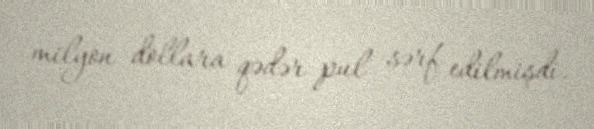
milyon dollara qədər pul sərf edilmişdi.